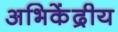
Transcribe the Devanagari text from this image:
अभिकेंद्रीय